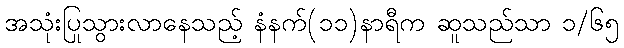
အသုံးပြုသွားလာနေသည့် နံနက်(၁၁)နာရီက ဆူသည်သာ ၁/၆၅